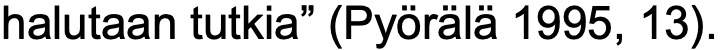
halutaan tutkia” (Pyörälä 1995, 13).